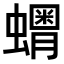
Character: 𧒞